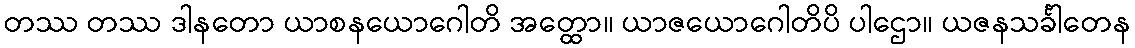
တဿ တဿ ဒါနတော ယာစနယောဂေါတိ အတ္ထော။ ယာဇယောဂေါတိပိ ပါဌော။ ယဇနသင်္ခါတေန